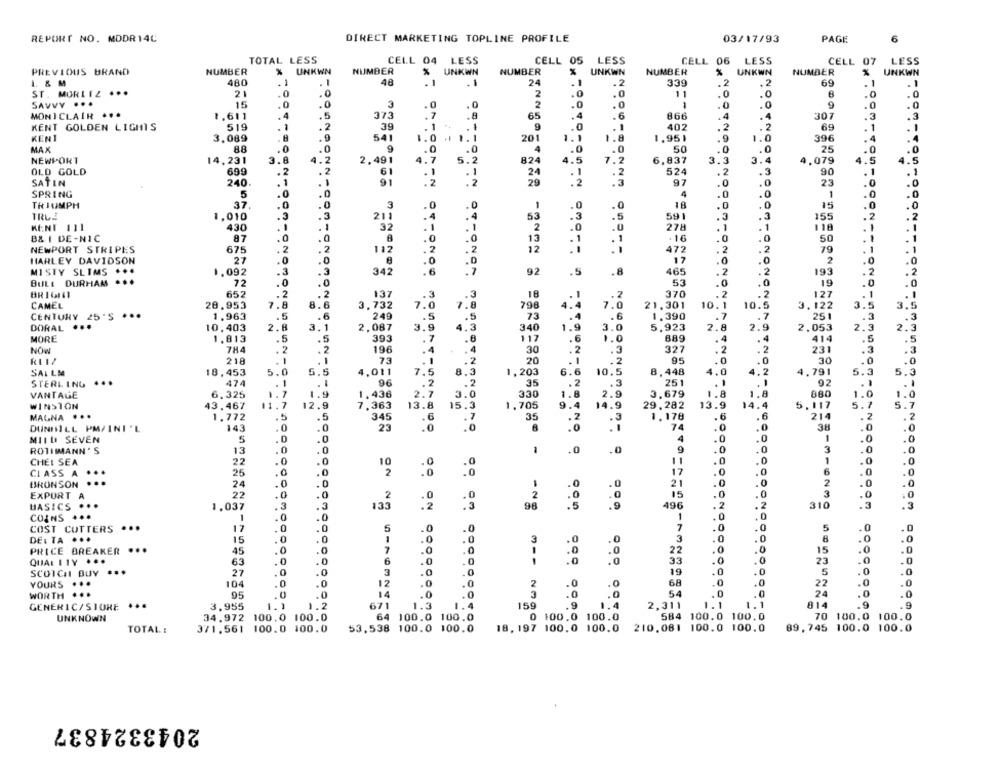
REPORT NO. MDDR 14C
DIRECT MARKETING TOPLINE PROFILE
03/17/93
PAGE
6
TOTAL LESS
CELL 04
LESS
CELL 05 LESS
CELL 06
LESS
CELL 07
LESS
PREVIOUS BRAND
NUMBER
UNKWN
NUMBER
UNKWN
NUMBER
UNKWN
NUMBER
UNKWN
NUMBER
UNKWN
L & M
480
. 1
48
.1
24
.1
.2
339
.2
.2
69
1
ST. MORITZ ...
21
0
2
.0
.0
.0
.0
.0
11
SAVVY ...
15
3
2
.0
.0
.0
.0
MONICLAIR ...
1.611
. 5
373
65
4
.6
866
. 4
307
.3
. 2
.0
KENT GOLDEN LIGHTS
519
39
1
9
. 1
. 1
402
. 2
. 2
. 1
KENT
3.089
.9
541
201
1.1
1.1
1.8
1.951
1.0
396
8.8
.0
9
50
.0
MAX
.0
4
.0
25
.0
.0
NEWPORT
14,231
3.8
4.2
2.491
4.7
5.2
824
4.
7.2
6,837
3.3
3.4
4,079
4.5
1.5
OLD GOLD
699
.2
. 2
61
524
. 2
90
. 1
1
24
-1
.2
.3
SATIN
240
91
N
29
.3
97
.0
.0
23
.0
SPRING
5
0
4
.0
.0
1
.O
TRIUMPH
37
.0
.0
3
.0
.0
.0
18
.0
.0
15
TRUE
1.010
211
.4
.4
53
.5
591
.3
. 3
155
IN
KENT 111
430
-
32
.1
. 1
2
.0
278
.1
. 1
118
.
-
B& I DE-NIC
87
.0
.0
13
+16
.0
.0
50
. 1
. 1
NEWPORT STRIPES
675
.2
112
.U
472
. 2
. 2
79
. 1
. 1
.2
12
HARLEY DAVIDSON
27
.0
.0
17
.0
2
.0
.0
MISTY SLIMS
...
1.092
.3
.3
342
.6
465
.2
193
. 2
92
.5
.8
BULL DURHAM
...
72
.0
53
.0
.0
19
.0
.0
BR 16161
652
. 2
. 2
137
.3
370
.2
.2
127
-
-
8.
.3
CAMEL
20,953
7.8
3,732
7.0
7.8
798
4.4
7.0
21.301
10.1
10.5
3.122
3.5
3.
CENTURY 25'S ...
1.963
.5
249
.5
73
. 6
1.390
.7
.7
251
.3
DORAL **
3.1
3.9
3.0
2.3
2.3
10,403
2.8
2,087
4.3
340
1.
5,923
2.8
2.9
2.053
MORE
1.813
.5
.5
393
. 7
.6
117
1.0
689
.4
. 4
414
.5
.5
. 2
196
.4
:2
. 3
327
.2
.2
231
.3
NOW
.4
218
. 1
73
.2
20
95
.0
30
SAL LM
18,453
5.0
5.5
4,011
7.5
8.3
1,203
6.6
8.448
4.0
4.2
4.791
5.
5.3
STERLING ...
474
. 1
.
96
35
. 2
251
1
.1
92
. I
1
VANTAGE
6.325
1.7
1.9
1.436
2.7
3.0
330
1.6
2.9
3,679
1.8
1.8
880
1.0
0
WINSTON
43,467
11.7
12.9
7,363
13.8
15.3
9.4
14.9
29.282
13.9
14.4
5,117
5.7
MALNA ...
1,772
.5
.5
345
.6
35
1,178
.6
.6
214
2
.0
.0
23
. 2
74
.0
38
.0
DUNHILL PM/INI'L
143
MILLI SEVEN
5
.0
.0
4
.0
.0
1
.0
.0
ROTHMANN'S
13
.0
.0
.0
9
.0
.0
3
0
.0
CHEI SEA
22
0
10
11
.0
0
1
. 0
.0
CLASS A
25
2
00
17
.0
.0
6
.0
2
BRONSON
24
.0
21
.0
.0
.0
EXPORT A
22
2
15
.0
3
.0
3
2
496
2
.3
BASICS
1.037
133
ON
98
.2
310
.3
COINS
1
0
1
COST CUTTERS ...
5
.0
7
.0
17
.0
5
.0
DELTA ···
15
1
.0
.0
3
.0
3
8
.0
.0
PRICE BREAKER
...
45
0
7
.0
1
.0
22
0
.0
15
.0
.0
QUALITY .
63
6
.0
.0
33
.0
.0
23
.0
.0
SCOTCH BUY
27
0
3
0
19
.0
5
.0
.0
.0
YOURS
104
.0
12
0
.0
2
.0
.0
68
.0
22
.0
.0
WORTH
95
14
.0
.0
3
.0
54
.0
24
.0
.0
1.1
1.2
671
1.2
159
9
1.4
2,311
1.1
1.1
814
.9
.9
GENERIC/STORE
3.955
-
UNKNOWN
34.972
100.0
100.0
64
100.0 100.0
0 100.0 100.0
584 100.0 100.0
70 100.0 100.0
53.538 100.0 100.0
18, 197 100. 0 100.0 210.081 100.0 100.0
TOTAL :
371.561 100.0 100.0
89,745 100.0 100.0
2043324837